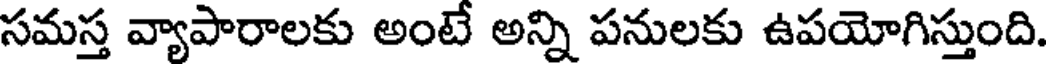
సమస్త వ్యాపారాలకు అంటే అన్ని పనులకు ఉపయోగిస్తుంది.